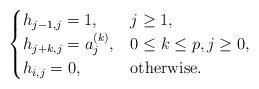
LaTeX: \begin{align*}\begin{cases}h_{j-1,j}=1, & j\geq 1,\\h_{j+k,j}=a_{j}^{(k)}, & 0\leq k\leq p, j\geq 0,\\h_{i,j}=0, & \mbox{otherwise}.\end{cases}\end{align*}